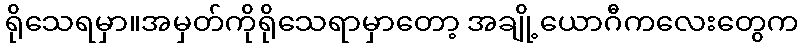
ရိုသေရမှာ။အမှတ်ကိုရိုသေရာမှာတော့ အချို့ယောဂီကလေးတွေက